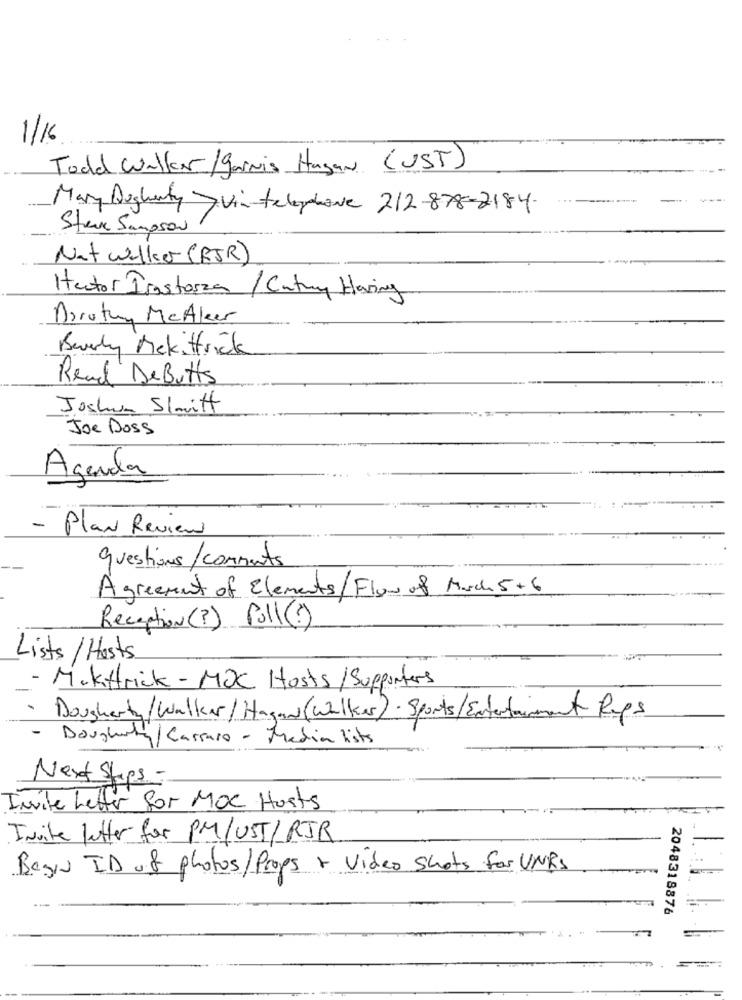
1/16
Todd Walker/garnis Hagan (UST)
Mary Dughanty Vin telephone 212-878-2184.
Steve Sampson
Nat Walker (RJR)
Hector Irastorza/ Catuy Haring
Dorothy MeAker
Beverly Mckittrick
Read DeButts
Joshua Slmitt
Joe Doss
Agenda
- Plan Review
questions/comments
Agreement of Elements/Flow of March 5+6
Reception (?) Pull ()
Lists/ Hosts
- Miktrick - MOC Hosts/Supporters
· Dougherty/Walker/Hagan(Wilkes). Sports/Entertainment Reps
- Dougherty/Carraro - Media lists
Next Steps -
Nite Letter for MOC Hosts
Invite lutter for PM/UST/RJR
Begin ID of photos/Props + Video shots for UNRS
2048318876